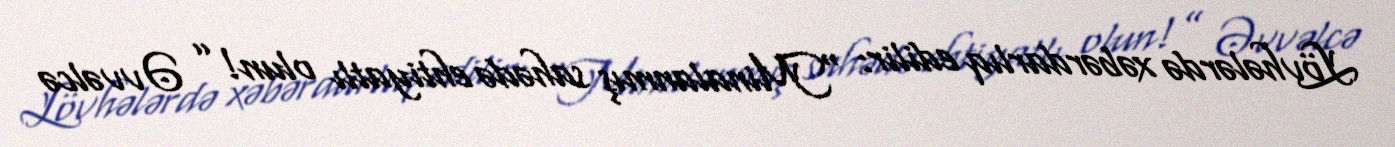
Lövhələrdə xəbərdarlıq edilir: “Minalanmış sahədə ehtiyatlı olun!” Əvvəlcə